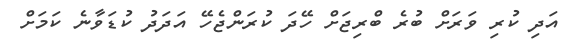
އަދި ކުރި ވަރަށް ބުރެ ބްރިޖަށް ހޭދަ ކުރަންޖެހޭ އަދަދު ކުޑަވާނެ ކަމަށް